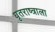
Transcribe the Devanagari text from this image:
धृतराष्त्राला